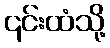
၎င်းထံသို့